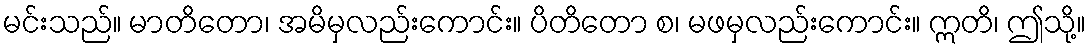
မင်းသည်။ မာတိတော၊ အမိမှလည်းကောင်း။ ပိတိတော စ၊ မဖမှလည်းကောင်း။ ဣတိ၊ ဤသို့။